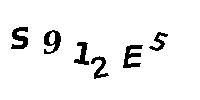
S912E5